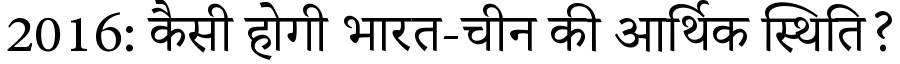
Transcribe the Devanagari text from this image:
2016: कैसी होगी भारत-चीन की आर्थिक स्थिति?